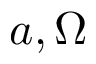
a , \Omega